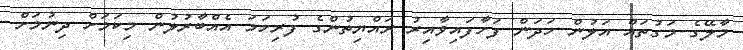
މާލޭގެ މަގުތައް އަލުން ހަދަން ފަށާފައިވާއިރު ރައްޔިތުންގެ ފުރިހަމަ އެއްބާރުލުން މިކަމަށް ދިނުމަށް